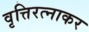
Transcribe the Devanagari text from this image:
वृत्तिरत्नाकर